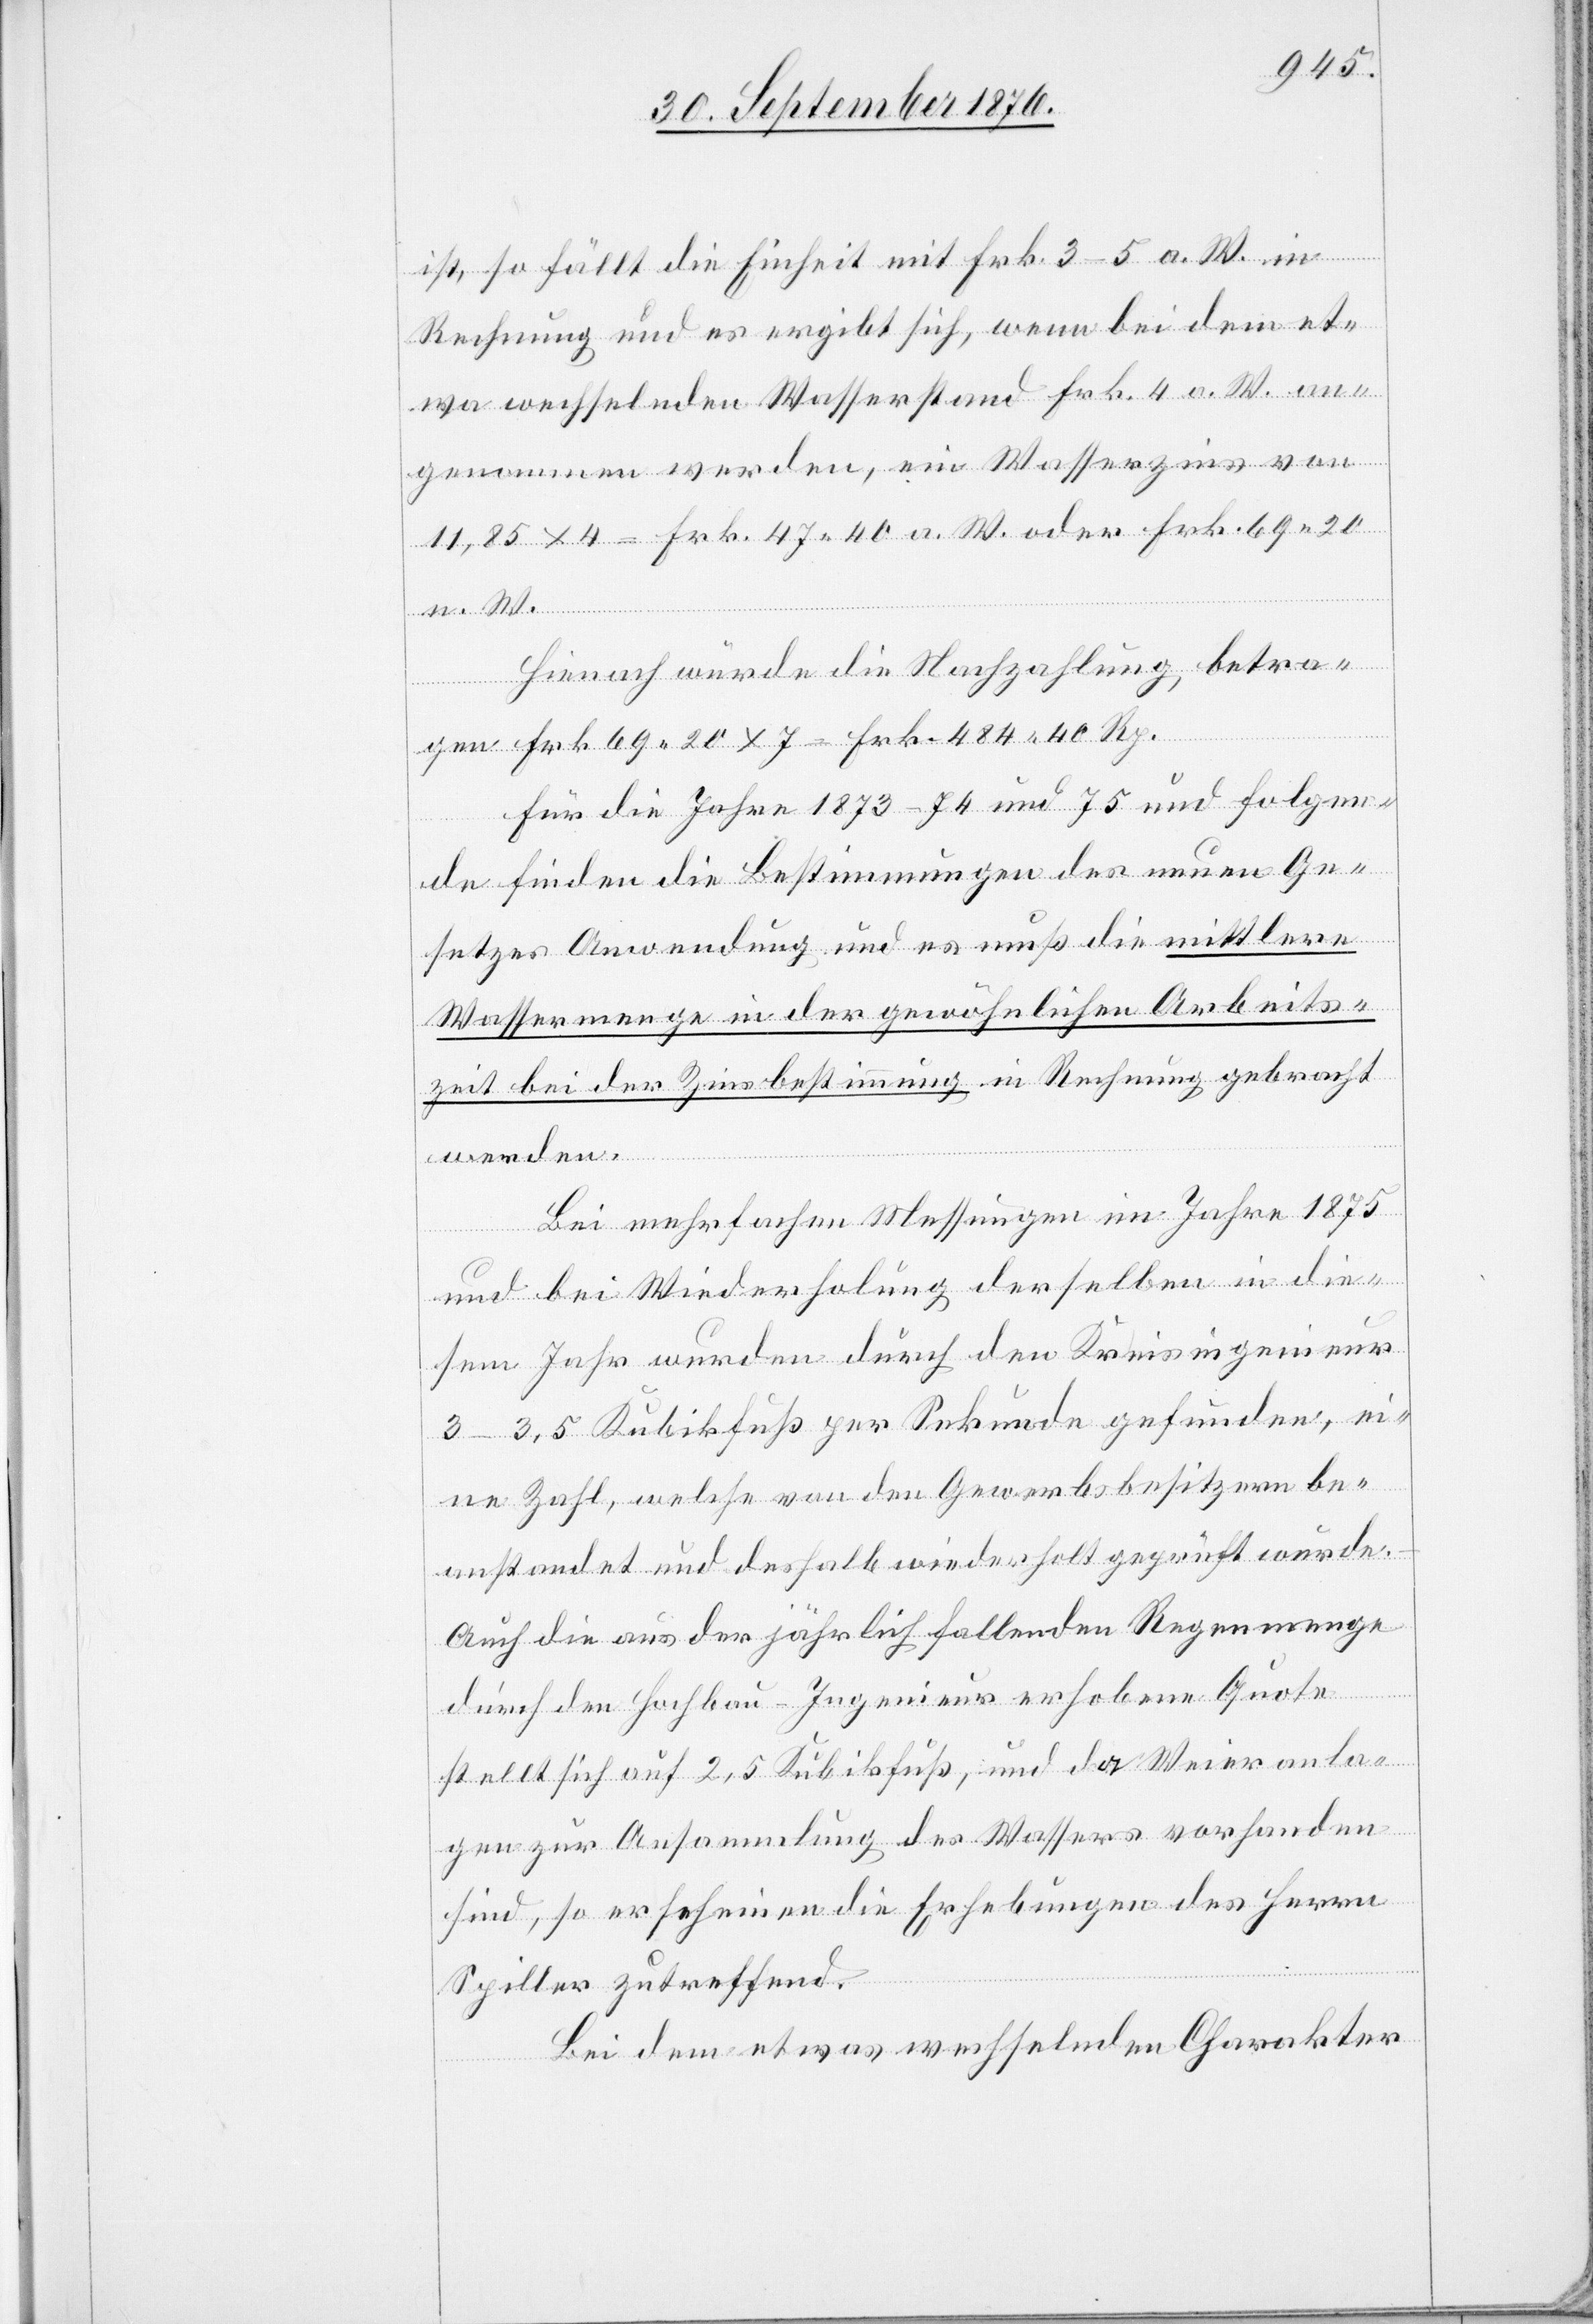
ist, so fällt die Einheit mit Frk. 3–5 a. W. in
Rechnung und es ergibt sich, wenn bei dem et¬
wa wechselnden Wasserstand Frk. 4 a. W. an¬
genommen werden, ein Wasserzins von
20 n. W.
Hienach würde die Nachzahlung, betra¬
gen Frk. 69 20 x 7 = Frk. 484 40 Rp.
Für die Jahre 1873–74 und 75 und folgen¬
de finden die Bestimmungen des neuen Ge¬
setzes Anwendung und es muß die mittlere
Wassermenge in der gewöhnlichen Arbeits¬
zeit bei der Zinsbestimmung in Rechnung gebracht
werden.
Bei mehrfachen Messungen im Jahre 1875
und bei Wiederholung derselben in die¬
sem Jahr wurden durch den Kreisingenieur
3–3,5 Kubikfuß per Sekunde gefunden, ei¬
ne Zahl, welche von den Gewerbsbesitzern be¬
anstandet und deshalb wiederholt geprüft wurde.
Auch die aus der jährlich fallenden Regenmenge
nur
durch den Hochbau-Ingenieur erhobene Quote
stellt sich auf 2,5 Kubikfuß, und da Weieranla¬
gen zur Ansammlung des Wassers vorhanden
sind, so erscheinen die Erhebungen des Herrn
Spiller zutreffend.
Bei dem etwas wechselnden Charakter